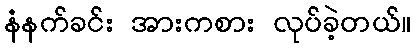
နံနက်ခင်း အားကစား လုပ်ခဲ့တယ်။